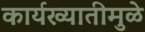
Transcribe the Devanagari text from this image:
कार्यख्यातीमुळे